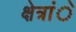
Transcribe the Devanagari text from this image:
क्षेत्रांे